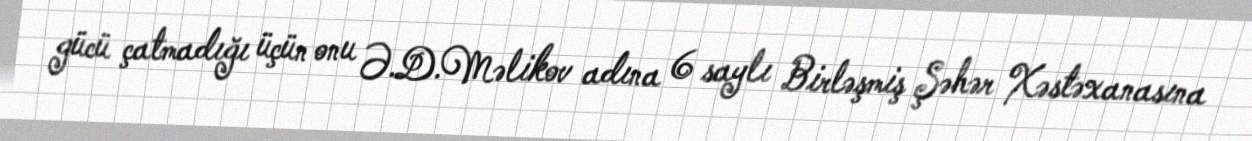
gücü çatmadığı üçün onu Ə.D.Məlikov adına 6 saylı Birləşmiş Şəhər Xəstəxanasına